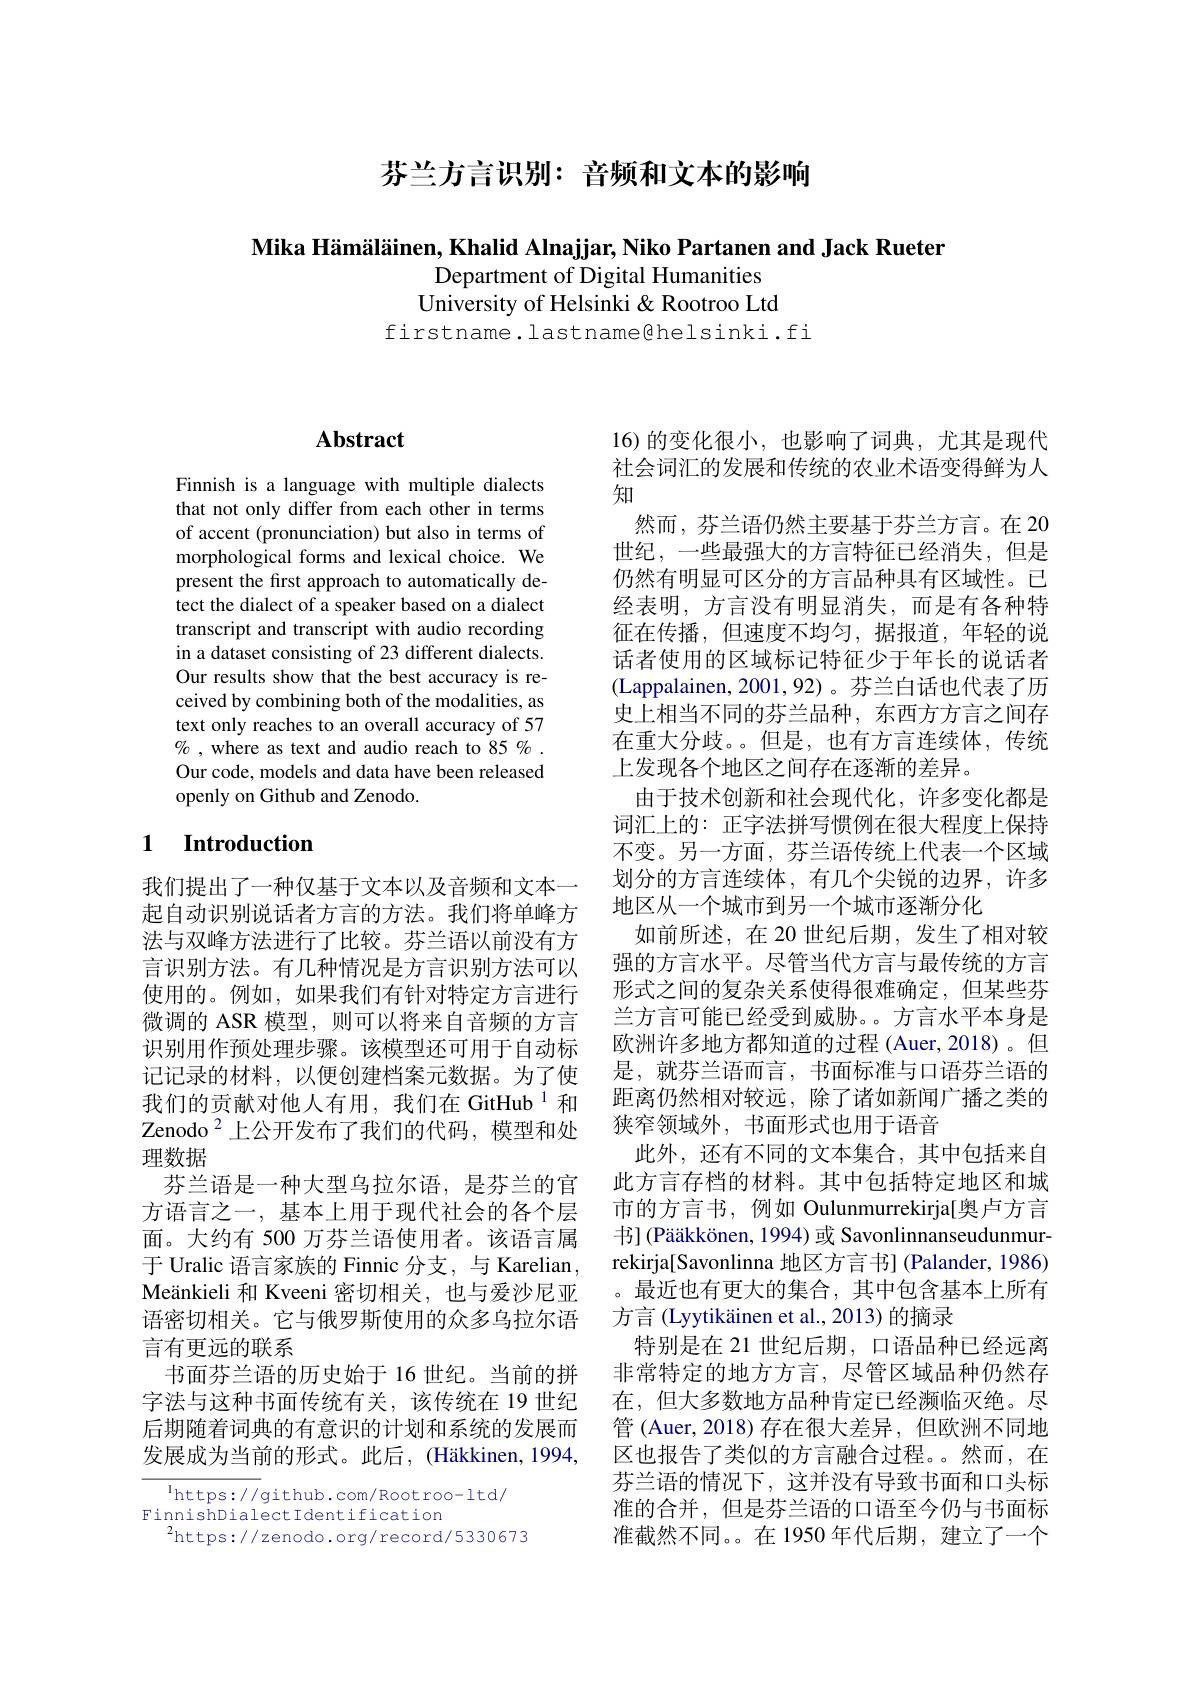
芬兰方言识别：音频和文本的影响

Mika Hämäläinen, Khalid Alnajjar, Niko Partanen and Jack Rueter
Department of Digital Humanities University of Helsinki & Rootroo Ltd

firstname.lastname@helsinki.fi

## $\mathbf{Abstract}$

Finnish is a language with multiple dialects that not only differ from each other in terms of accent (pronunciation) but also in terms of morphological forms and lexical choice. We present the first approach to automatically detect the dialect of a speaker based on a dialect transcript and transcript with audio recording in a dataset consisting of 23 different dialects. Our results show that the best accuracy is received by combining both of the modalities, as text only reaches to an overall accuracy of 57 $\%$ ,where as text and audio reach to 85 %. Our code, models and data have been released openly on Github and Zenodo.

### 1 $\textbf{Introduction}$

我们提出了一种仅基于文本以及音频和文本一起自动识别说话者方言的方法。我们将单峰方法与双峰方法进行了比较。芬兰语以前没有方言识别方法。有几种情况是方言识别方法可以使用的。例如，如果我们有针对特定方言进行微调的 ASR 模型，则可以将来自音频的方言识别用作预处理步骤。该模型还可用于自动标记记录的材料，以便创建档案元数据。为了使我们的贡献对他人有用，我们在 GitHub$^{1}$和Zenodo$^{2}$上公开发布了我们的代码，模型和处理数据
芬兰语是一种大型乌拉尔语，是芬兰的官方语言之一，基本上用于现代社会的各个层面。大约有 500 万芬兰语使用者。该语言属于 Uralic 语言家族的 Finnic 分支，与 Karelian , Meänkieli 和 Kveeni 密切相关，也与爱沙尼亚语密切相关。它与俄罗斯使用的众多乌拉尔语言有更远的联系
书面芬兰语的历史始于 16 世纪。当前的拼字法与这种书面传统有关，该传统在 19 世纪后期随着词典的有意识的计划和系统的发展而发展成为当前的形式。此后，(Häkkinen,1994,

$^{1}$https://github.com/Rootroo-ltd/
FinnishDialect Identification
$^{2}$https://zenodo.org/record/5330673

16)的变化很小，也影响了词典，尤其是现代社会词汇的发展和传统的农业术语变得鲜为人知
然而，芬兰语仍然主要基于芬兰方言。在 20世纪，一些最强大的方言特征已经消失，但是仍然有明显可区分的方言品种具有区域性。已经表明，方言没有明显消失，而是有各种特征在传播，但速度不均匀，据报道，年轻的说话者使用的区域标记特征少于年长的说话者(Lappalainen, 2001,92)。芬兰白话也代表了历史上相当不同的芬兰品种，东西方方言之间存在重大分歧。。但是，也有方言连续体，传统上发现各个地区之间存在逐渐的差异。
由于技术创新和社会现代化，许多变化都是词汇上的：正字法拼写惯例在很大程度上保持不变。另一方面，芬兰语传统上代表一个区域划分的方言连续体，有几个尖锐的边界，许多地区从一个城市到另一个城市逐渐分化
如前所述，在 20 世纪后期，发生了相对较强的方言水平。尽管当代方言与最传统的方言形式之间的复杂关系使得很难确定，但某些芬兰方言可能已经受到威胁。。方言水平本身是欧洲许多地方都知道的过程 (Auer,2018)。但是，就芬兰语而言，书面标准与口语芬兰语的距离仍然相对较远，除了诸如新闻广播之类的狭窄领域外，书面形式也用于语音
此外，还有不同的文本集合，其中包括来自此方言存档的材料。其中包括特定地区和城市的方言书，例如 Oulunmurrekirja[奥卢方言书] (Pääkkönen, 1994) 或 Savonlinnanseudunmurrekirja[Savonlinna 地区方言书] (Palander, 1986) 。最近也有更大的集合，其中包含基本上所有方言 (Lyytikäinen et al., 2013) 的摘录
特别是在 21 世纪后期，口语品种已经远离非常特定的地方方言，尽管区域品种仍然存在，但大多数地方品种肯定已经濒临灭绝。尽管 (Auer,2018)存在很大差异，但欧洲不同地区也报告了类似的方言融合过程。然而，在芬兰语的情况下，这并没有导致书面和口头标准的合并，但是芬兰语的口语至今仍与书面标准截然不同。。在 1950 年代后期，建立了一个